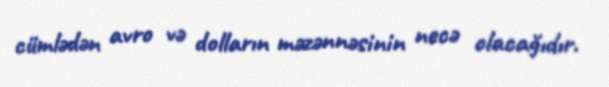
cümlədən avro və dolların məzənnəsinin necə olacağıdır.